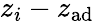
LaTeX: z_{i}-z_{\mathrm{ad}}